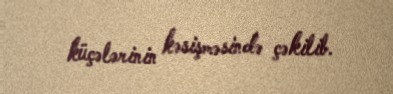
küçələrinin kəsişməsində çəkilib.